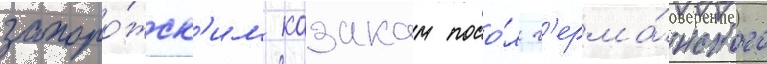
запоро́жск'им казакам посо́л г'ерма́нского